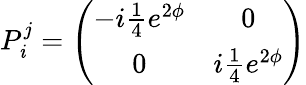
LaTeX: P_{\mathit{i}}^{j}=\left(\begin{array}{cc}{{-i{\textstyle{\frac{1}{4}}}e^{2\phi}}}&{{0}}\\ {{0}}&{{i{\textstyle{\frac{1}{4}}}e^{2\phi}}}\end{array}\right)